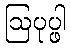
ဩပုပ္ဖါ